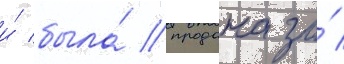
и́ была́ продана за́